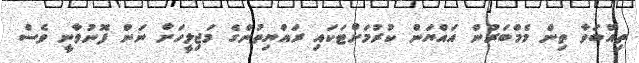
ތިއްބަވާ ތިން މެމްބަރުން އައްޔަން ކުރުމަށްޓަކައި ރައްޔިތުންގެ މަޖިލީހަށް ނަން ފޮނުވާނީ ވެސް